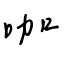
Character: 咖